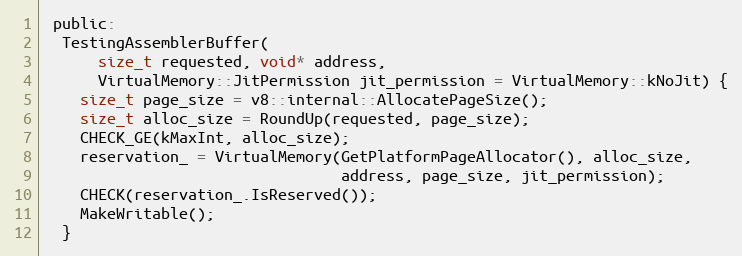
Language: C
 public:
  TestingAssemblerBuffer(
      size_t requested, void* address,
      VirtualMemory::JitPermission jit_permission = VirtualMemory::kNoJit) {
    size_t page_size = v8::internal::AllocatePageSize();
    size_t alloc_size = RoundUp(requested, page_size);
    CHECK_GE(kMaxInt, alloc_size);
    reservation_ = VirtualMemory(GetPlatformPageAllocator(), alloc_size,
                                 address, page_size, jit_permission);
    CHECK(reservation_.IsReserved());
    MakeWritable();
  }